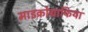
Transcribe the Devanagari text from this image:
माइक्रोग्राफिया